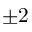
\pm 2